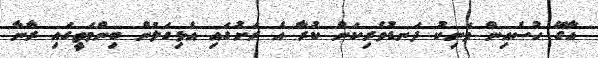
އާގޭ ހުސެއިން މަނިކު ދަނޑުވެރިކަން ކުރާ އެ ރަށުގައި އެޅިގަލުން ބިންމަތީގައި ރާނާ